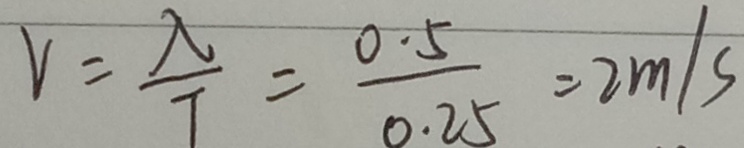
V = \frac { \lambda } { T } = \frac { 0 . 5 } { 0 . 2 5 } = 2 m / s